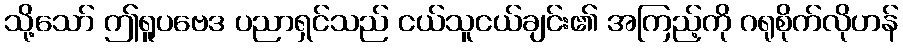
သို့သော် ဤရူပဗေဒ ပညာရှင်သည် ငယ်သူငယ်ချင်း၏ အကြည့်ကို ဂရုစိုက်လိုဟန်